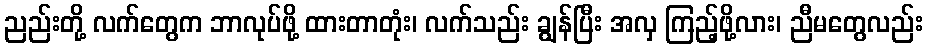
ညည်းတို့ လက်တွေက ဘာလုပ်ဖို့ ထားတာတုံး၊ လက်သည်း ချွန်ပြီး အလှ ကြည့်ဖို့လား၊ ညီမတွေလည်း